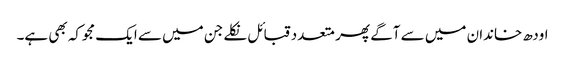
اودھ خاندان میں سے آگے پھر متعدد قبائل نکلے جن میں سے ایک مجوکہ بھی ہے۔